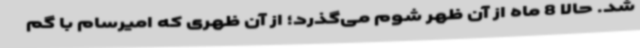
شد. حالا 8 ماه از آن ظهر شوم می‌گذرد؛ از آن ظهری که امیرسام با گم